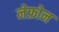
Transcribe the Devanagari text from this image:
नेफ्रोन